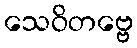
သေဝိတဗ္ဗေ